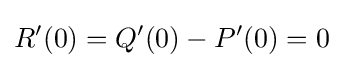
R'(0)=Q'(0)-P'(0)=0